Leningradi_Edasi_toimetus, lk 12
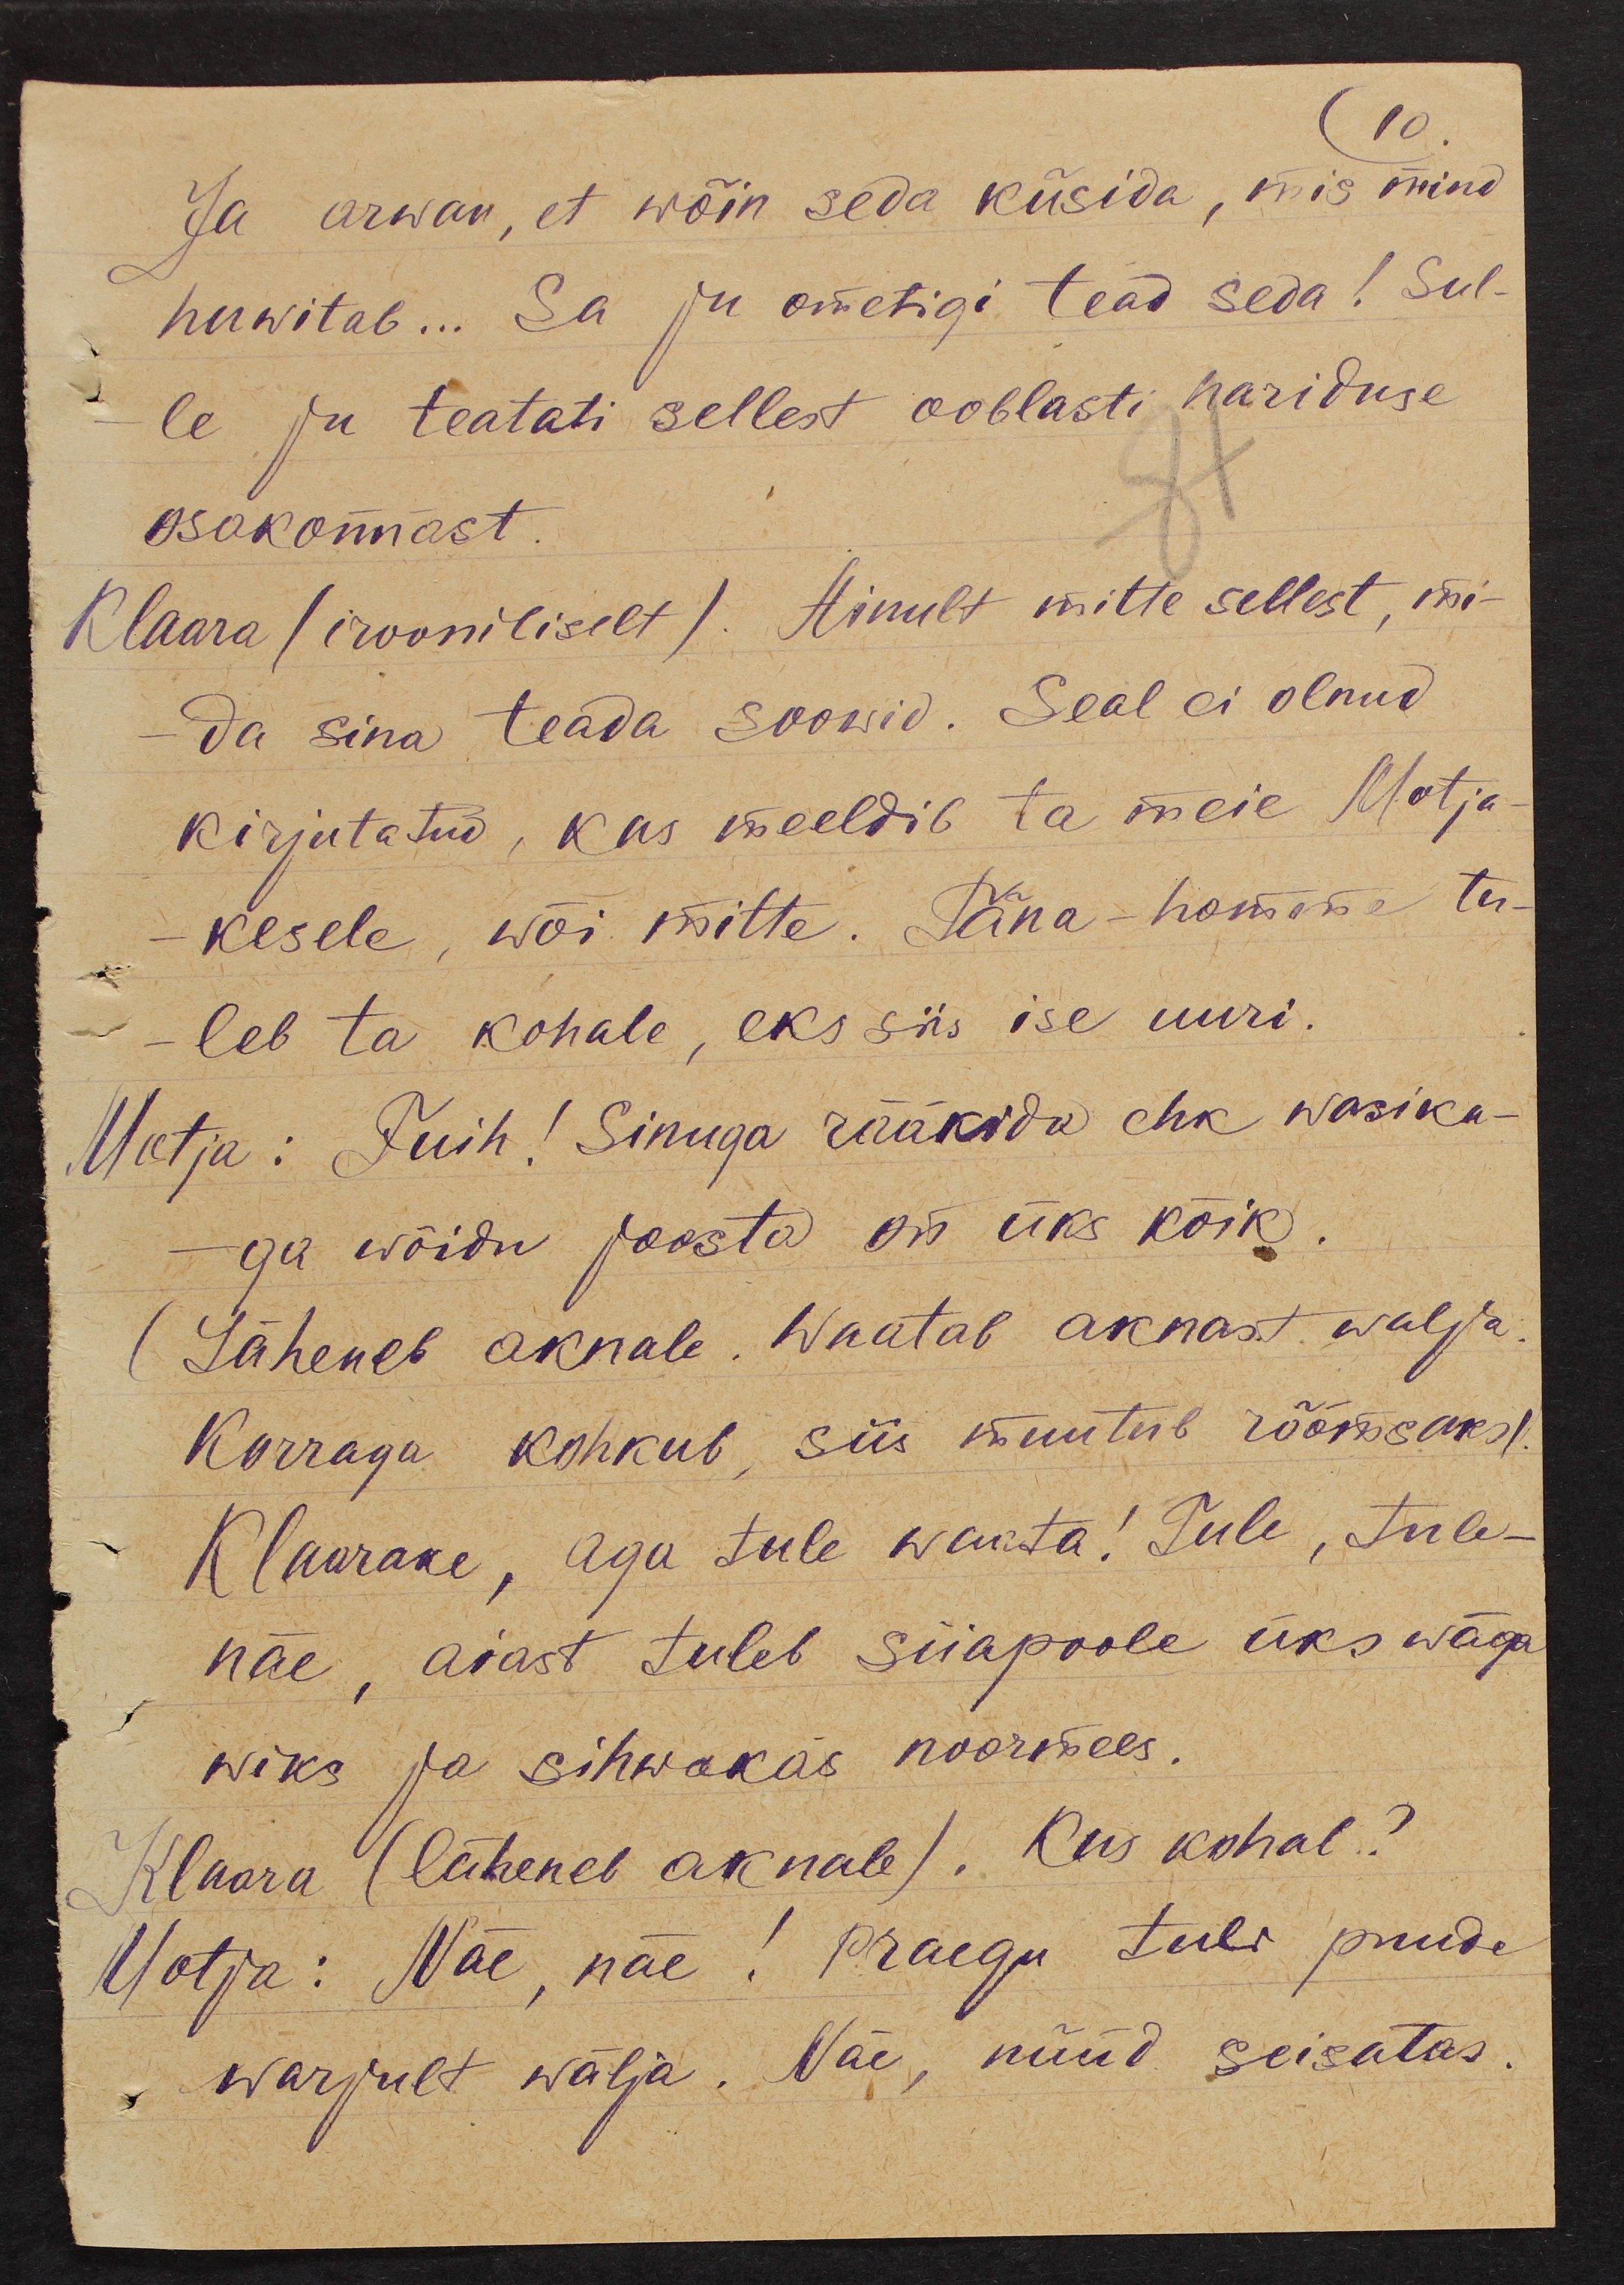
10.
Ja arwan, et wõin seda küsida, mis mind
huwitab... Sa ju ometigi tead seda! Sul-
le ju teatati sellest ooblasti hariduse
osakonnast.
Klaara (irooniliselt). Ainult mitte sellest, mi-
da sina teada soowid. Seal ei olnud
kirjutatud, kas meeldib ta meie Motja-
kesele, wõi mitte. Täna-homme tu-
-leb ta kohale, eks siis ise uuri.
Motja: Fuih! Sinuga rääkida ehk wasika-
-ga wõidu joosta on üks kõik.
(Läheneb aknale. Waatab aknast walja.
Korraga kohkub, siis muutub rõõmsaks).
Klaarake, aga tule waata! Tule, tule -
näe, aiast tuleb siiapoole üks wäga
wiks ja sihwakas noormees.
Klaara (läheneb aknale). Kus kohal?
Motja: Näe, näe! praegu tuli puude
warjult wälja. Näe, nüüd seisatas.